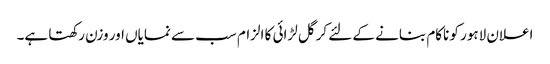
اعلان لاہور کو ناکام بنانے کے لئے کرگل لڑائی کا الزام سب سے نمایاں اور وزن رکھتا ہے۔